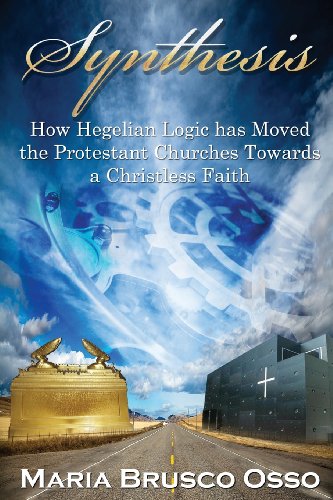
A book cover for Synthesis: How Hegelian Logic has Moved the Protestant Churches Towards a Christless Faith; Maria Brusco - Osso; Christian Books & Bibles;